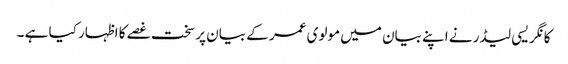
کانگریسی لیڈر نے اپنے بیان میں مولوی عمر کے بیان پر سخت غصے کا اظہار کیا ہے ۔